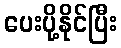
ပေးပို့နိုင်ပြီး